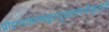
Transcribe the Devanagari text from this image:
प्रोद्दण्डकाण्डहुतभुक्छलभीकृतारे